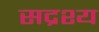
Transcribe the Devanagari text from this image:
सद्रश्य